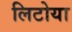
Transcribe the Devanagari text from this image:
लिटोया